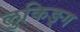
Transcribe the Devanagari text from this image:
लुकिङ्ग